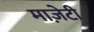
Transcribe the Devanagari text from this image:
माज़ेटी